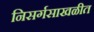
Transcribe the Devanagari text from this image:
निसर्गसाखळीत